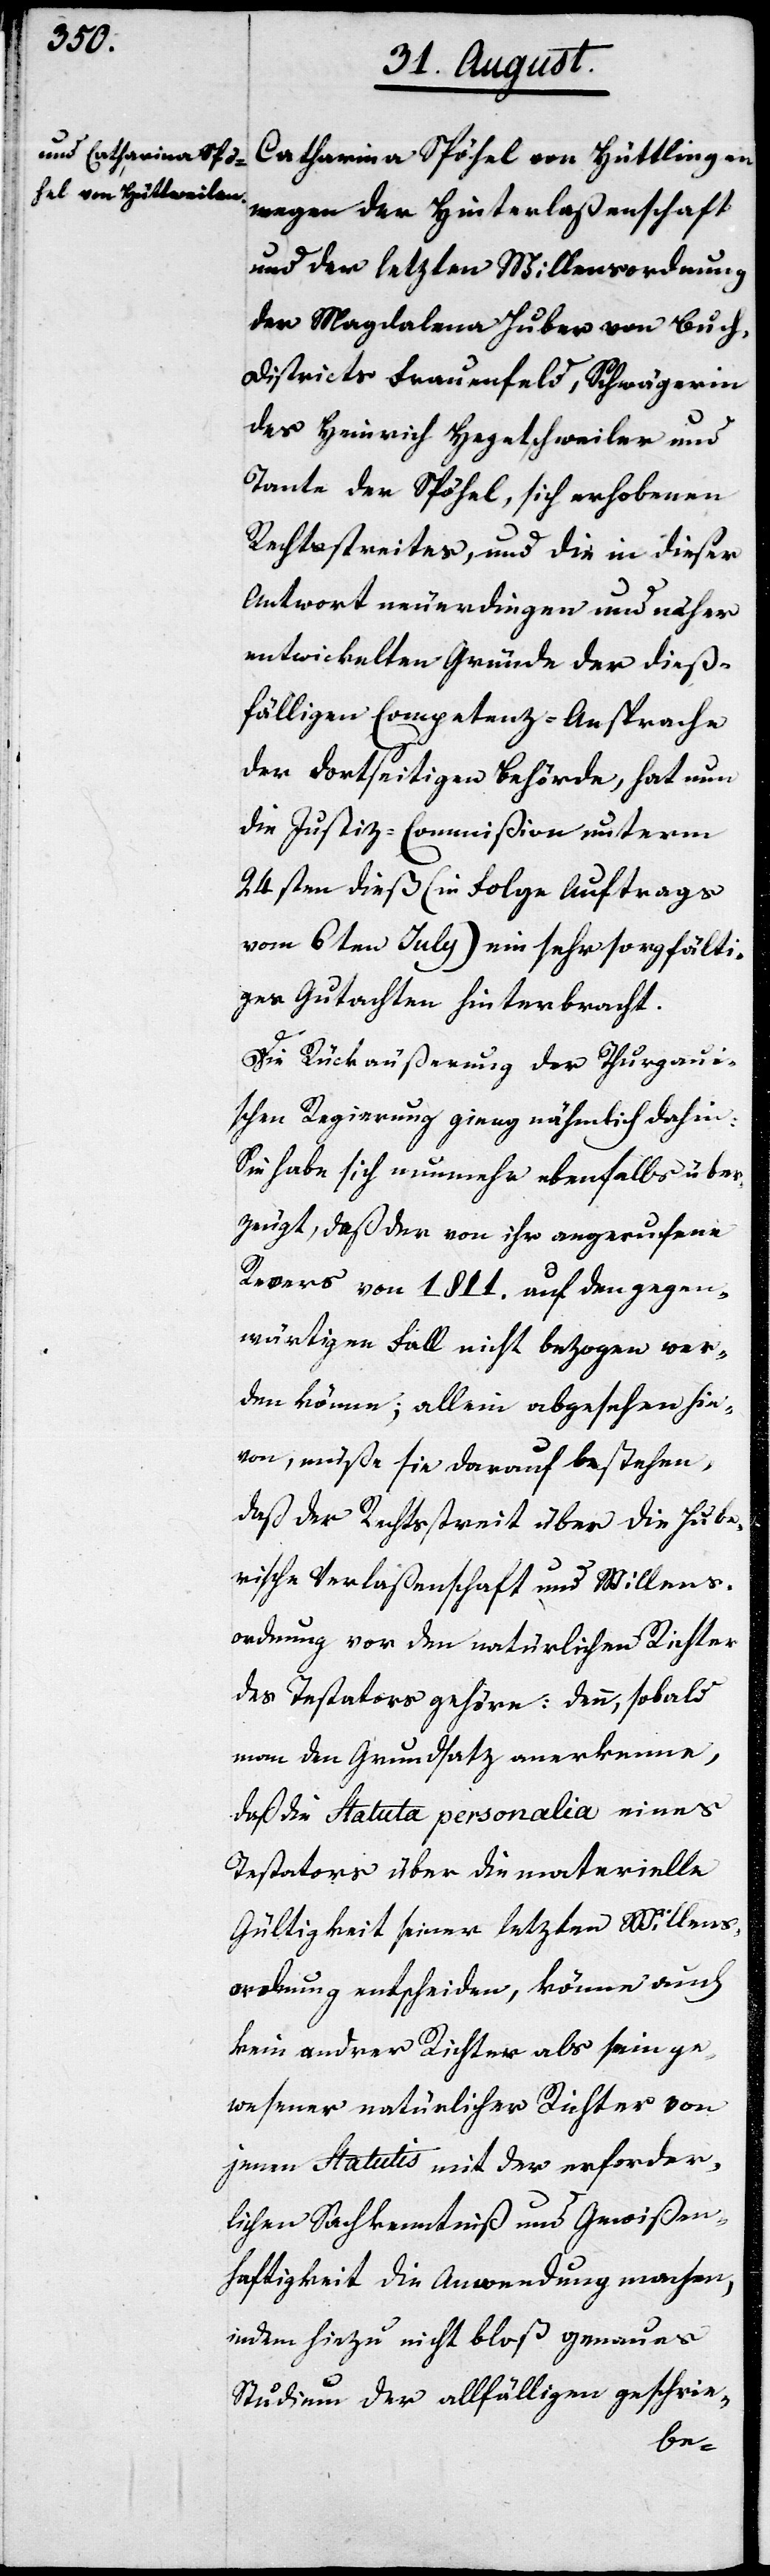
Catharina Spöhel von Hüttlingen
wegen der Hinterlaßenschaft
und der letzten Willensordnung
der Magdalena Huber von Buch,
Districts Frauenfeld, Schwägerin
des Heinrich Hegetschweiler und
Tante der Spöhel, sich erhobenen
Rechtsstreites, und die in dieser
Antwort neuerdings und näher
entwickelten Gründe der dieß¬
fälligen Competenz-Ansprache
der dortseitigen Behörde, hat nun
die Justiz-Commißion unterm
24sten dieß (in Folge Auftrags
vom 6ten July) ein sehr sorgfälti¬
ges Gutachten hinterbracht.
Die Rückäußerung der Thurgaui¬
schen Regierung ging nämlich dahin:
Sie habe sich nunmehr ebenfalls über¬
zeugt, daß der von ihr angerufene
Revers von 1811. auf den gegen¬
wärtigen Fall nicht bezogen wer¬
den könne; allein abgesehen hie¬
von, müße sie darauf bestehen,
daß der Rechtsstreit über die Hube¬
rische Verlaßenschaft und Willens¬
ordnung vor den natürlichen Richter
des Testators gehöre: denn, sobald
man den Grundsatz anerkenne,
daß die Statuta Personalia eines
Testators über die materielle
Gültigkeit seiner letzten Willens¬
ordnung entscheiden, könne auch
kein andrer Richter als sein ge¬
jenen Statutis mit der erforder¬
lichen Sachkenntnis und Gewißen¬
haftigkeit die Anwendung machen,
indem hiezu nicht bloß genaues
Studium der allfälligen geschrie-
wesener